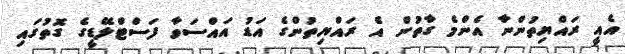
އެއީ ރައްޔިތުންނާ އެންމެ ގާތުން އެ ރައްޔިތުންގެ އަޑު އައްސަވާ ފަސްޓްލޭޑީގެ ގޮތުގައި